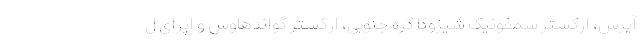
آیرس، ارکستر سمفونیک شیزوکا کره جنوبی، ارکستر گواندهاوس و اپرای ل